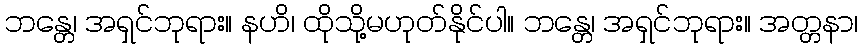
ဘန္တေ၊ အရှင်ဘုရား။ နဟိ၊ ထိုသို့မဟုတ်နိုင်ပါ။ ဘန္တေ၊ အရှင်ဘုရား။ အတ္တနာ၊